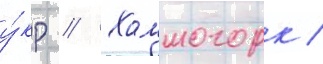
у́кр // Холмогорк /